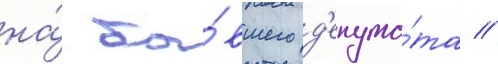
на́ бы́вшего д'епута́та //